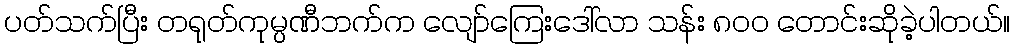
ပတ်သက်ပြီး တရုတ်ကုမ္ပဏီဘက်က လျော်ကြေးဒေါ်လာ သန်း ၈၀၀ တောင်းဆိုခဲ့ပါတယ်။